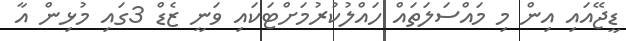
ޑީޖޭއައި އިން މި މައްސަލަތައް ހައްލުކުރުމަށްޓަކައި ވަނީ ޒެޑް 3ގައި މުޅިން އާ